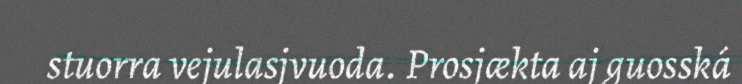
stuorra vejulasjvuoda. Prosjækta aj guosská